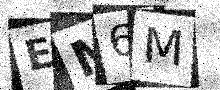
Text: EM6M